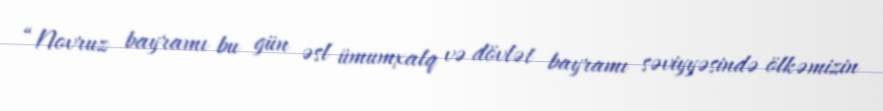
“Novruz bayramı bu gün əsl ümumxalq və dövlət bayramı səviyyəsində ölkəmizin